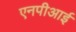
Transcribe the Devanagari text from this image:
एनपीआई